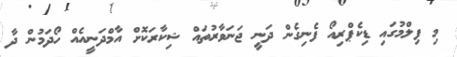
މި ފިލްމުގައި ޑިކެޕްރިއޯ ފެނިގެން ދަނީ ޖަނަވާރުތައް ޝިކާރަކޮށް އާމްދަނީއެއް ހޯދަމުން ދާ